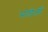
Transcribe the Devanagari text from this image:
माडेलों